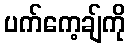
ပက်ကေ့ချ်ကို